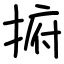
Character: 捬